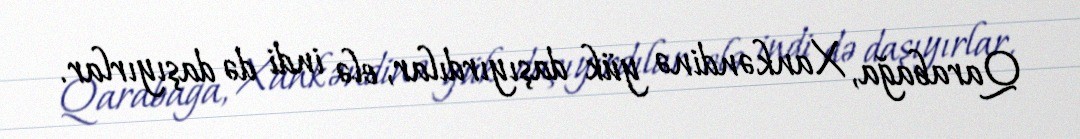
Qarabağa, Xankəndinə yük daşıyırdılar, elə indi də daşıyırlar.